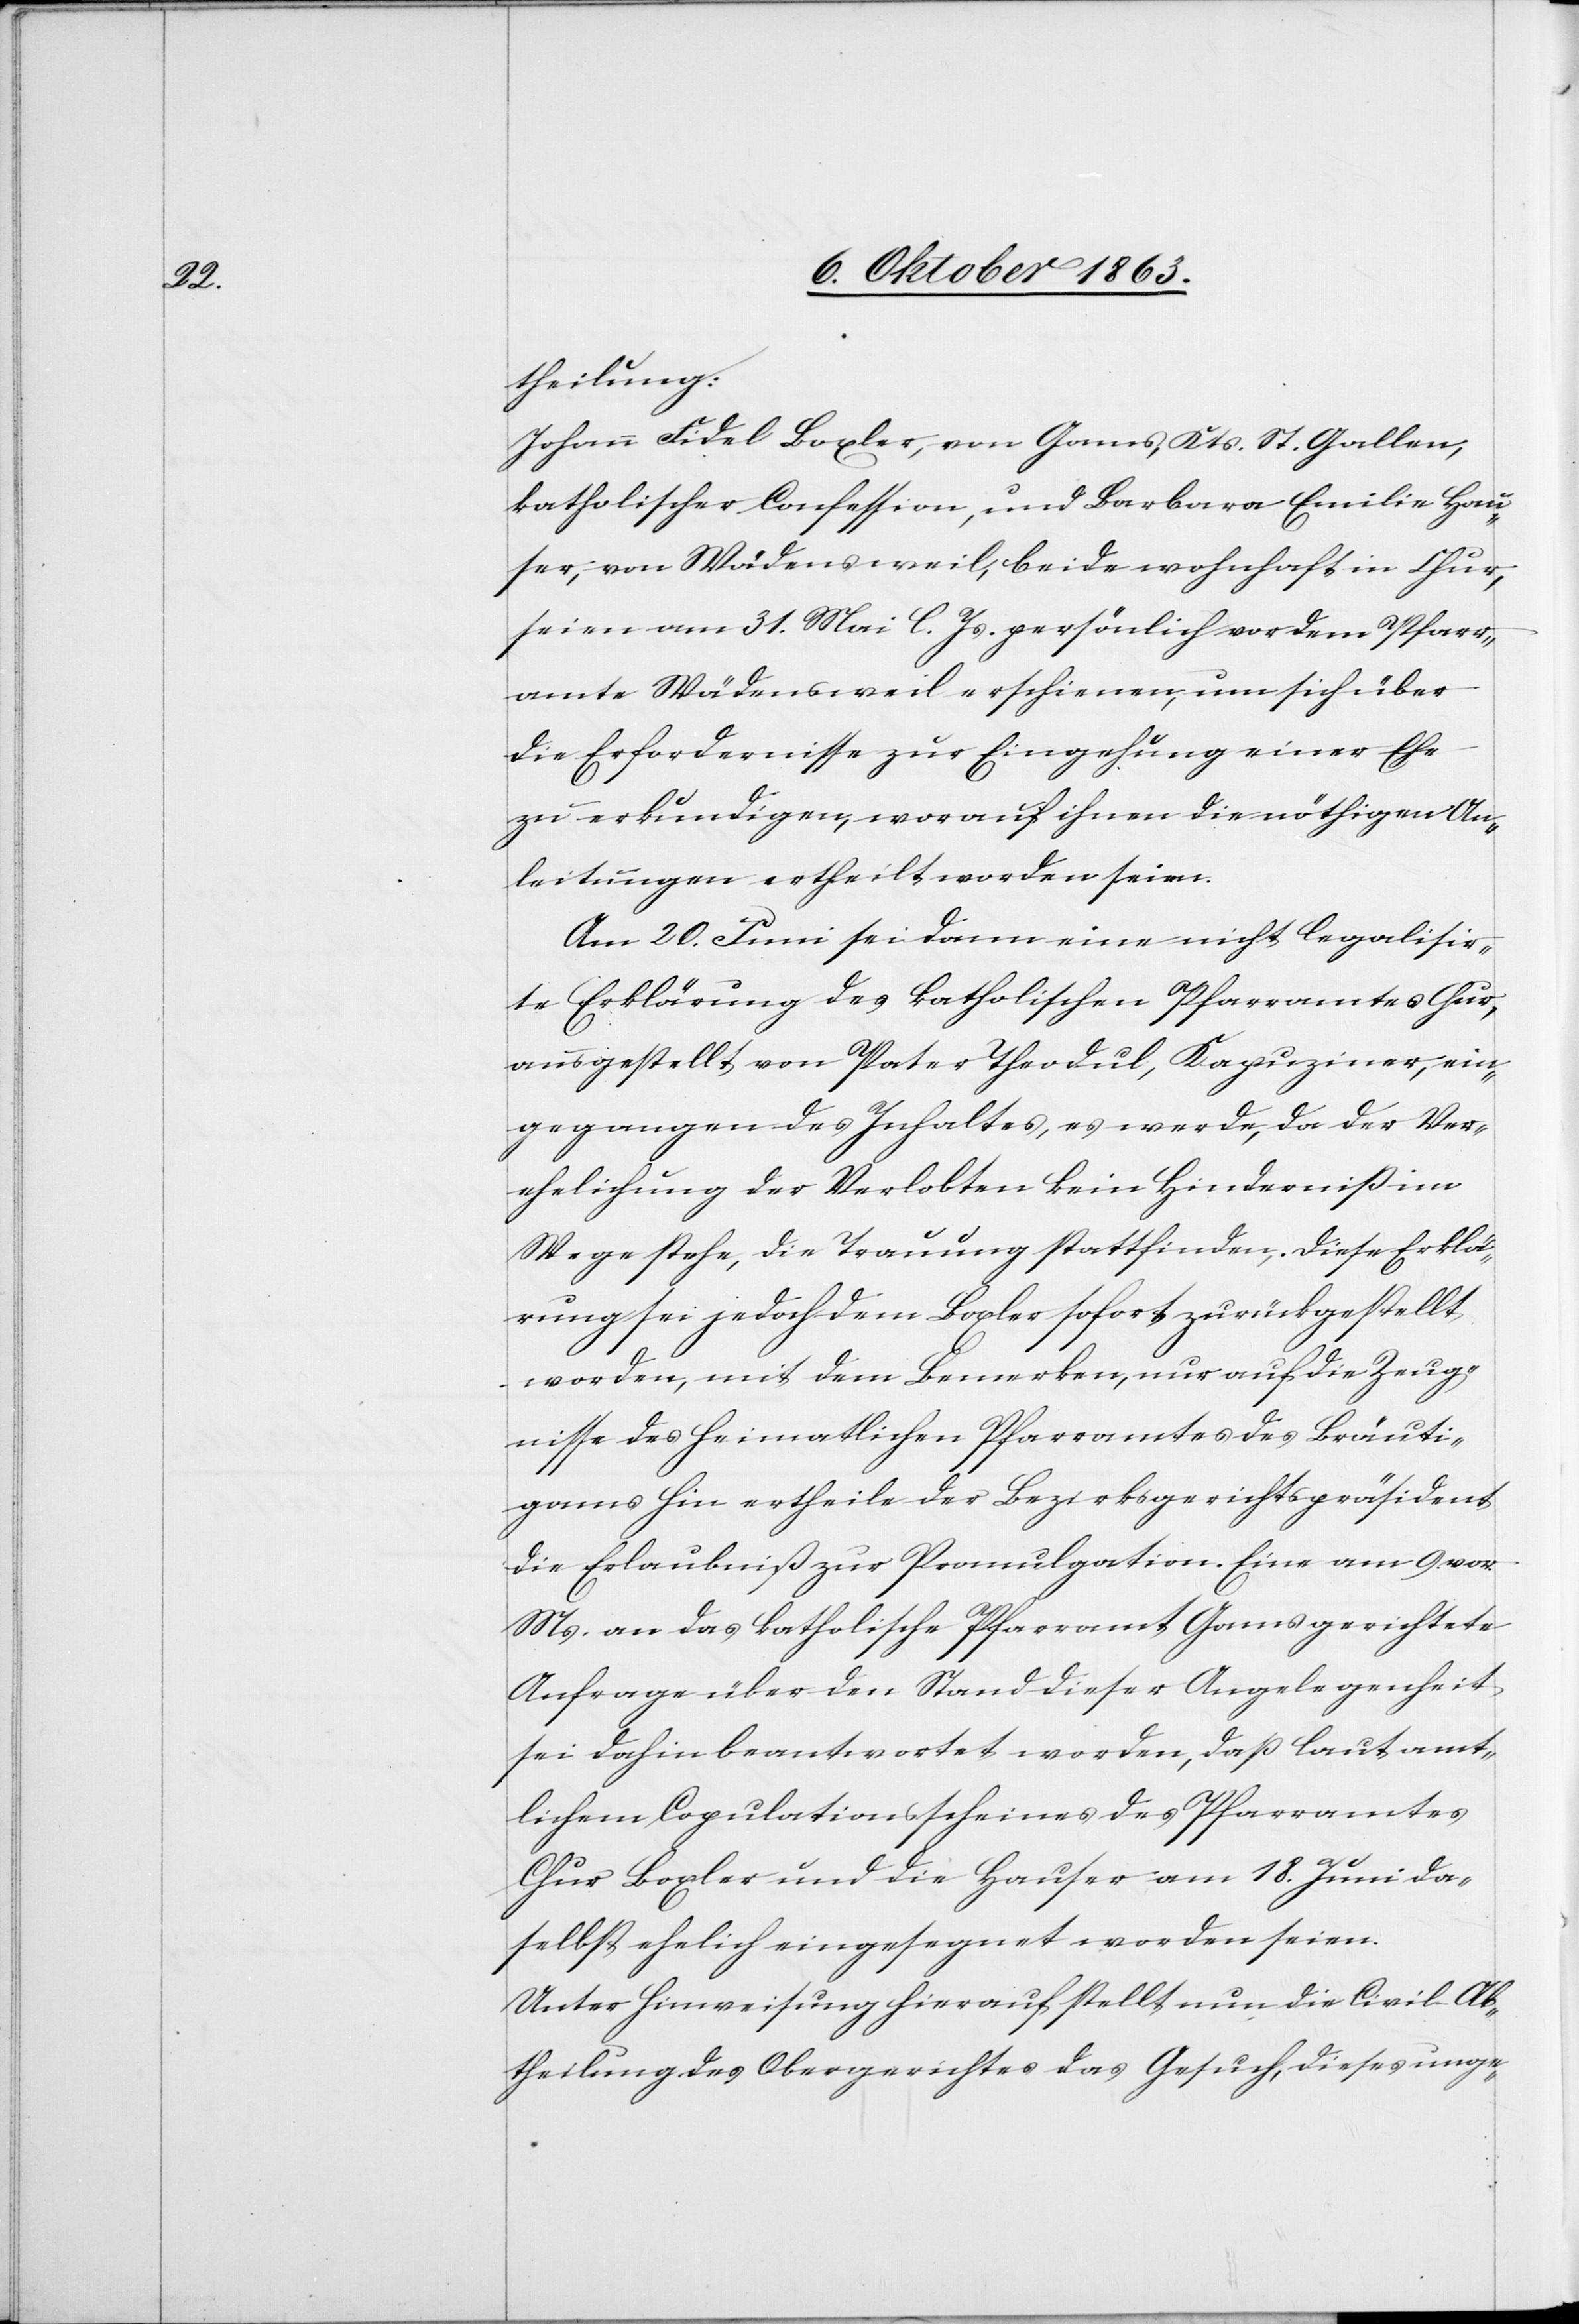
theilung:
Johann Fidel Boxler, von Gams, Kts. St. Gallen,
katholischer Confession, und Barbara Emilie Hau¬
ser, von Wädensweil, beide wohnhaft in Chur,
seien am 31. Mai l. Js. persönlich vor dem Pfarr¬
amte Wädensweil erschienen, um sich über
die Erfordernisse zur Eingehung einer Ehe
zu erkundigen, worauf ihnen die nöthigen An¬
leitungen ertheilt worden seien.
Am 20. Juni sei dann eine nicht legalisir¬
te Erklärung des katholischen Pfarramtes Chur,
ausgestellt von Pater Theodul, Kapuziner, ein¬
gegangen des Inhaltes, es werde, da der Ver¬
ehelichung der Verlobten kein Hinderniß im
Wege stehe, die Trauung stattfinden. Diese Erklä¬
rung sei jedoch dem Boxler sofort zurückgestellt
worden, mit dem Bemerken, nur auf die Zeug¬
nisse des heimatlichen Pfarramtes des Bräuti¬
gams hin ertheile der Bezirksgerichtspräsident
die Erlaubniß zur Promulgation. Eine am 9. vor.
Ms. an das katholische Pfarramt Gams gerichtete
Anfrage über den Stand dieser Angelegenheit
sei dahin beantwortet worden, daß laut amt¬
lichem Copulationsscheines [sic!] des Pfarramtes
Chur Boxler und die Hauser am 18. Juni da¬
selbst ehelich eingesegnet worden seien.
Unter Hinweisung hierauf stellt nun die Civil-Ab¬
theilung des Obergerichtes das Gesuch, dieses unge-